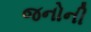
જનોની